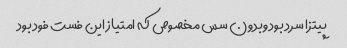
پیتزا سرد بود وبدون سس مخصوص که امتیاز این فست فود بود